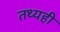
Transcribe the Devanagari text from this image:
तथ्यही